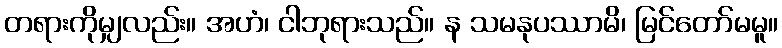
တရားကိုမျှလည်း။ အဟံ၊ ငါဘုရားသည်။ န သမနုပဿာမိ၊ မြင်တော်မမူ။